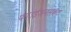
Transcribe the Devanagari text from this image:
फाउंडेशनसकट